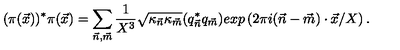
( \pi ( { \vec { x } } ) ) ^ { * } \pi ( { \vec { x } } ) = \sum _ { \vec { n } , \vec { m } } \frac { 1 } { X ^ { 3 } } { \sqrt { \kappa _ { \vec { n } } \kappa _ { \vec { m } } } } ( q _ { \vec { n } } ^ { * } q _ { \vec { m } } ) e x p \left( 2 \pi i ( { \vec { n } } - { \vec { m } } ) \cdot { \vec { x } } / X \right) .